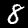
Digit: 8